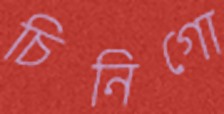
চিনিগো